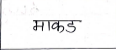
मजकूर: माकड